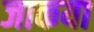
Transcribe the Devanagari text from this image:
जाकया